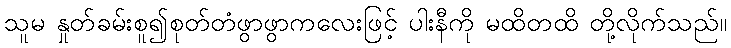
သူမ နှုတ်ခမ်းစူ၍စုတ်တံဖွာဖွာကလေးဖြင့် ပါးနီကို မထိတထိ တို့လိုက်သည်။